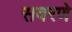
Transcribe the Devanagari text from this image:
सवरणे